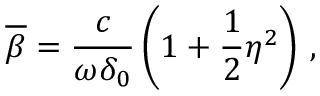
\overline { { \beta } } = \frac { c } { \omega \delta _ { 0 } } \left( 1 + \frac { 1 } { 2 } \eta ^ { 2 } \right) \, ,